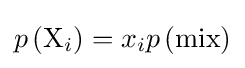
p\left({\rm {X}}_{i}\right)=x_{i}p\left({\rm {mix}}\right)